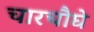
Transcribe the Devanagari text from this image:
चारचौघे